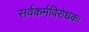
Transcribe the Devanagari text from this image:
सर्वकर्मविरोधकः